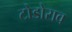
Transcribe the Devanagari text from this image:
टोडोराव